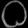
Digit: ၀